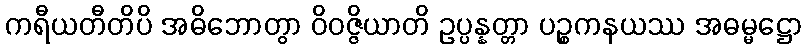
ကရီယတီတိပိ အဓိဘောတွာ ဝိဝဇ္ဇိယာတိ ဥပ္ပန္နတ္တာ ပဉ္စကနယဿ အဓမ္မဋ္ဌော